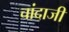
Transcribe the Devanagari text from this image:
चांदाजी